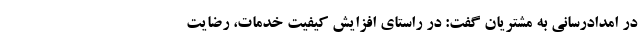
در امدادرسانی به مشتریان گفت: در راستای افزایش کیفیت خدمات، رضایت